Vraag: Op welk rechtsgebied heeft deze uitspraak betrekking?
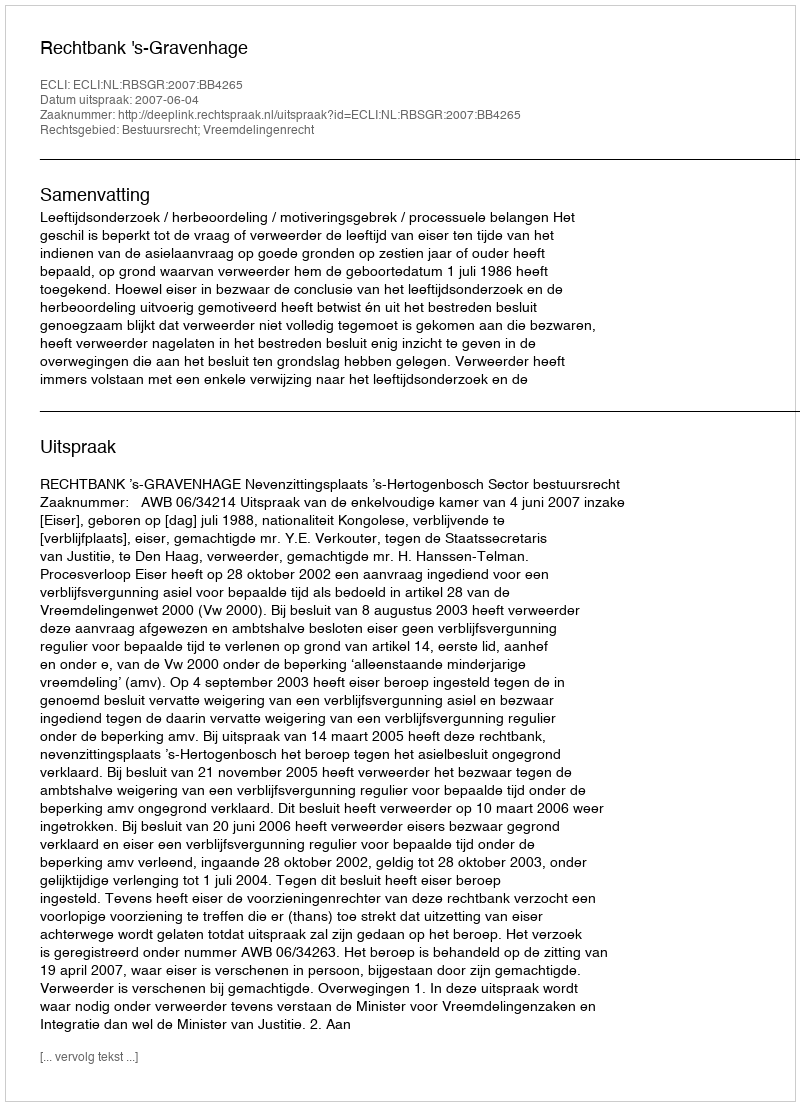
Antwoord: Bestuursrecht; Vreemdelingenrecht